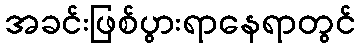
အခင်းဖြစ်ပွားရာနေရာတွင်